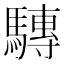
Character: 𲋿